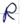
Text: R